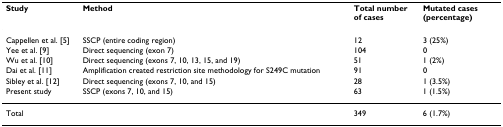
<table><thead><tr><td><b>Study</b></td><td><b>Method</b></td><td><b>Total number of cases</b></td><td><b>Mutated cases (percentage)</b></td></tr></thead><tbody><tr><td>Cappellen et al. [5]</td><td>SSCP (entire coding region)</td><td>12</td><td>3 (25%)</td></tr><tr><td>Yee et al. [9]</td><td>Direct sequencing (exon 7)</td><td>104</td><td>0</td></tr><tr><td>Wu et al. [10]</td><td>Direct sequencing (exons 7, 10, 13, 15, and 19)</td><td>51</td><td>1 (2%)</td></tr><tr><td>Dai et al. [11]</td><td>Amplification created restriction site methodology for S249C mutation</td><td>91</td><td>0</td></tr><tr><td>Sibley et al. [12]</td><td>Direct sequencing (exons 7, 10, and 15)</td><td>28</td><td>1 (3.5%)</td></tr><tr><td>Present study</td><td>SSCP (exons 7, 10, and 15)</td><td>63</td><td>1 (1.5%)</td></tr><tr><td>Total</td><td></td><td>349</td><td>6 (1.7%)</td></tr></tbody></table>